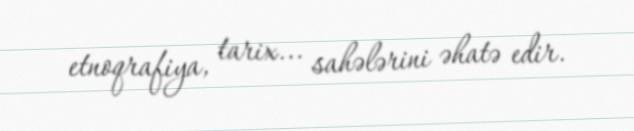
etnoqrafiya, tarix... sahələrini əhatə edir.